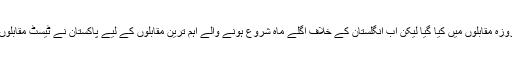
سری لنکا کے خلاف حالیہ سیریز کے دوران ڈی آر ایس کا استعمال صرف ایک روزہ مقابلوں میں کیا گیا لیکن اب انگلستان کے خلاف اگلے ماہ شروع ہونے والے اہم ترین مقابلوں کے لیے پاکستان نے ٹیسٹ مقابلوں میں بھی ڈی آر ایس کے استعمال میں مدد دینے پر اسپانسر کو راضی کر لیا ہے۔